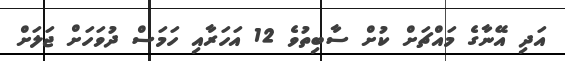
އަދި އޭނާގެ މައްޗަށް ކުށް ސާބިތުވެ 12 އަހަރާއި ހަމަސް ދުވަހަށް ޖަލަށް